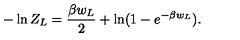
- \ln Z _ { L } = { \frac { \beta w _ { L } } { 2 } } + \ln ( 1 - e ^ { - \beta w _ { L } } ) .